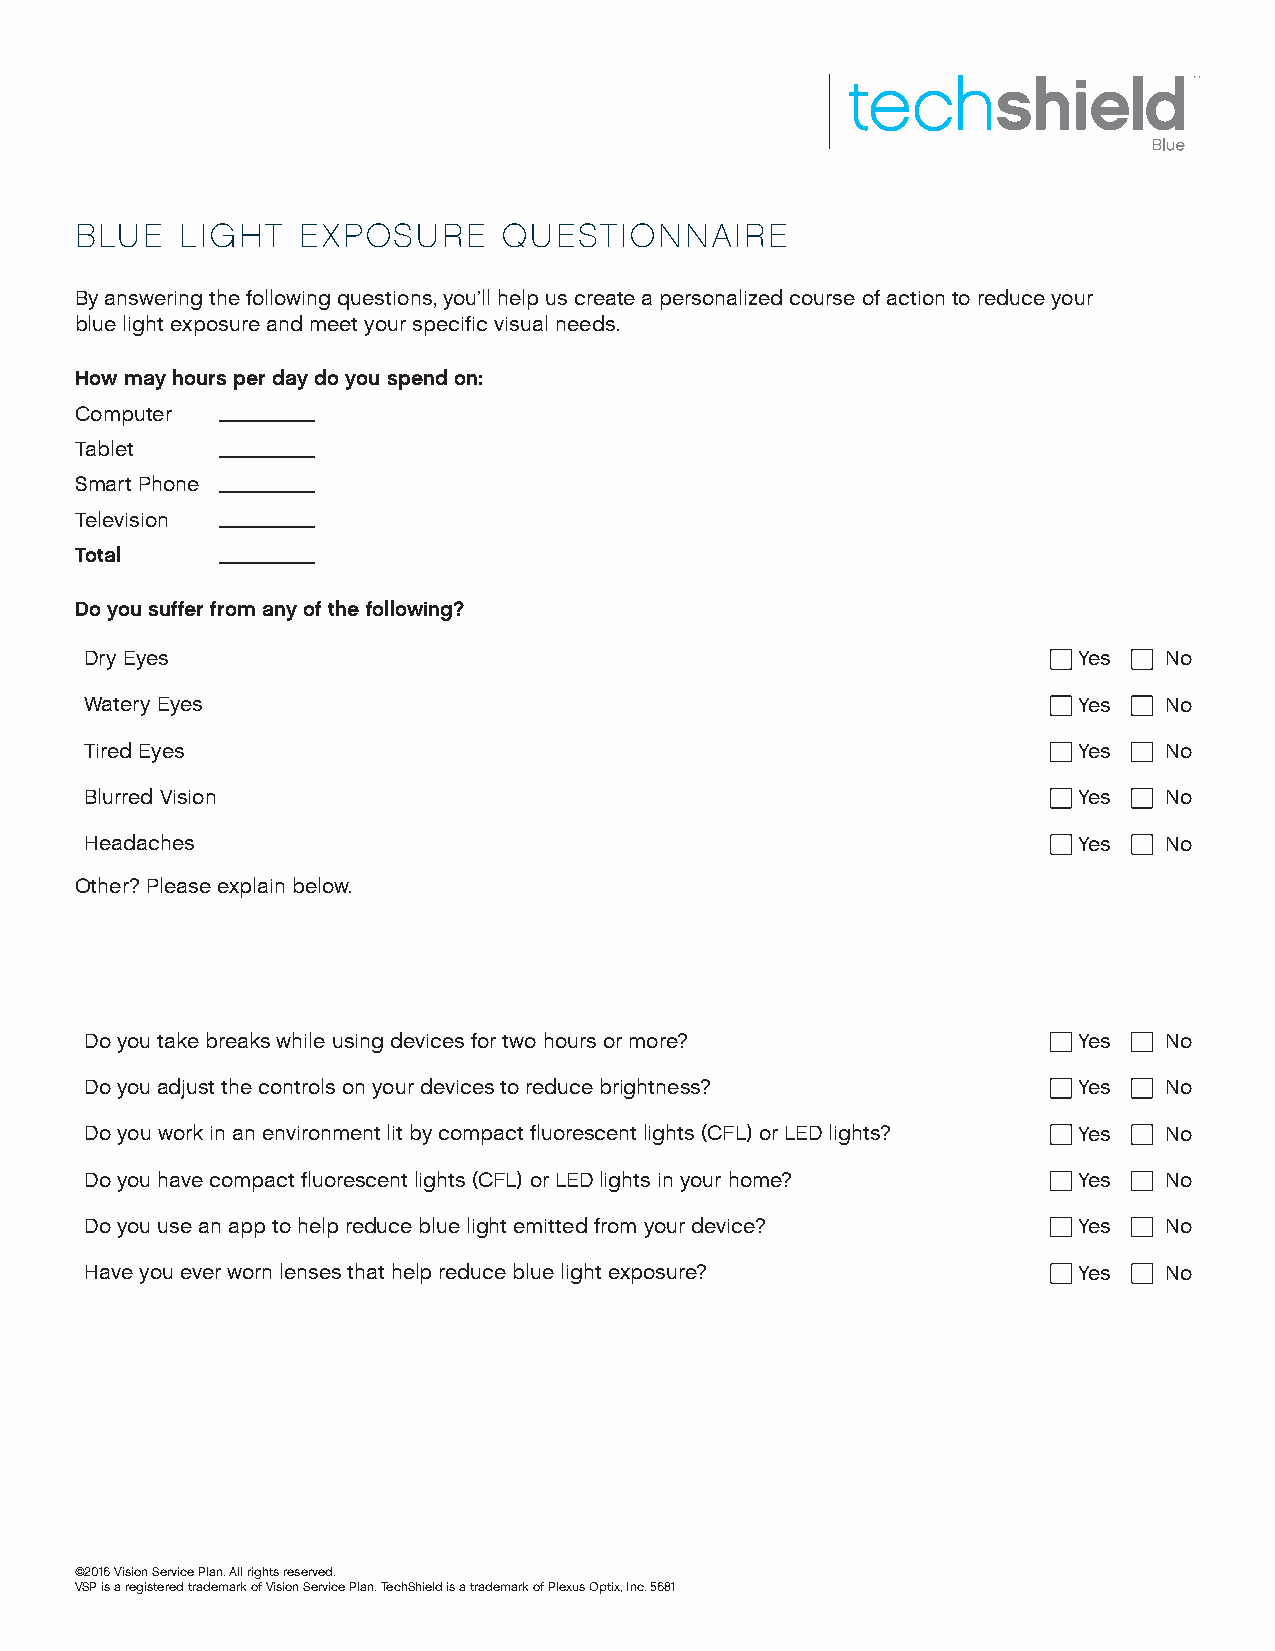
BLUE   LIGHT   EXPOSURE     QUESTIONNAIRE
 By answering the following questions, you’ll help us create a personalized course of action to reduce your
 blue light exposure and meet your specific visual needs.
 How may hours per day do you spend on:
 Computer
 Tablet
 Smart Phone
 Television
 Total
 Do you suffer from any of the following?
 Dry Eyes                                                         Yes   No
 Watery Eyes                                                      Yes   No
 Tired Eyes                                                       Yes   No
 Blurred Vision                                                   Yes   No
 Headaches                                                        Yes   No
 Other? Please explain below.
 Do you take breaks while using devices for two hours or more?    Yes   No
 Do you adjust the controls on your devices to reduce brightness? Yes   No
 Do you work in an environment lit by compact fluorescent lights (CFL) or LED lights? Yes No
 Do you have compact fluorescent lights (CFL) or LED lights in your home? Yes No
 Do you use an app to help reduce blue light emitted from your device? Yes No
 Have you ever worn lenses that help reduce blue light exposure?  Yes   No
 ©2016 Vision Service Plan. All rights reserved.
 VSP is a registered trademark of Vision Service Plan. TechShield is a trademark of Plexus Optix, Inc. 5681